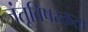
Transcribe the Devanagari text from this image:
जंतूविषरक्तता